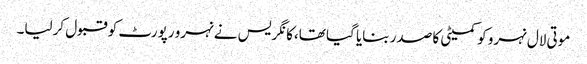
موتی لال نہرو کو کمیٹی کا صدر بنایا گیا تھا،کانگریس نے نہرو رپورٹ کو قبول کرلیا۔